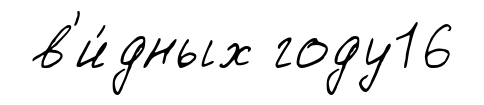
в'и́дных году16